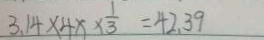
3 . 1 4 \times 4 x \times \frac { 1 } { 3 } = 4 2 . 3 9